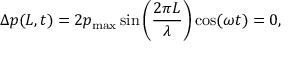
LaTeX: \Delta p ( L , t ) = 2 p _ { \mathrm { m a x } } \sin \left( { \frac { 2 \pi L } { \lambda } } \right) \cos ( \omega t ) = 0 ,